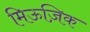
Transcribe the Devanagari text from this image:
मिऊज़िक